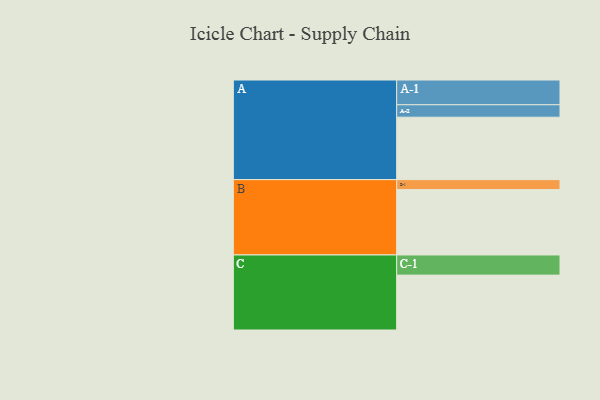
{"axis": {"x": "Segment", "y": "Value"}, "legend": ["", "A", "B", "C"], "data": [{"x": "A", "y": 406, "type": ""}, {"x": "B", "y": 425, "type": ""}, {"x": "C", "y": 357, "type": ""}, {"x": "A-1", "y": 161, "type": "A"}, {"x": "A-2", "y": 81, "type": "A"}, {"x": "B-1", "y": 65, "type": "B"}, {"x": "C-1", "y": 131, "type": "C"}]}